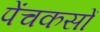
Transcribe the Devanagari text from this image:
पेंचकसों